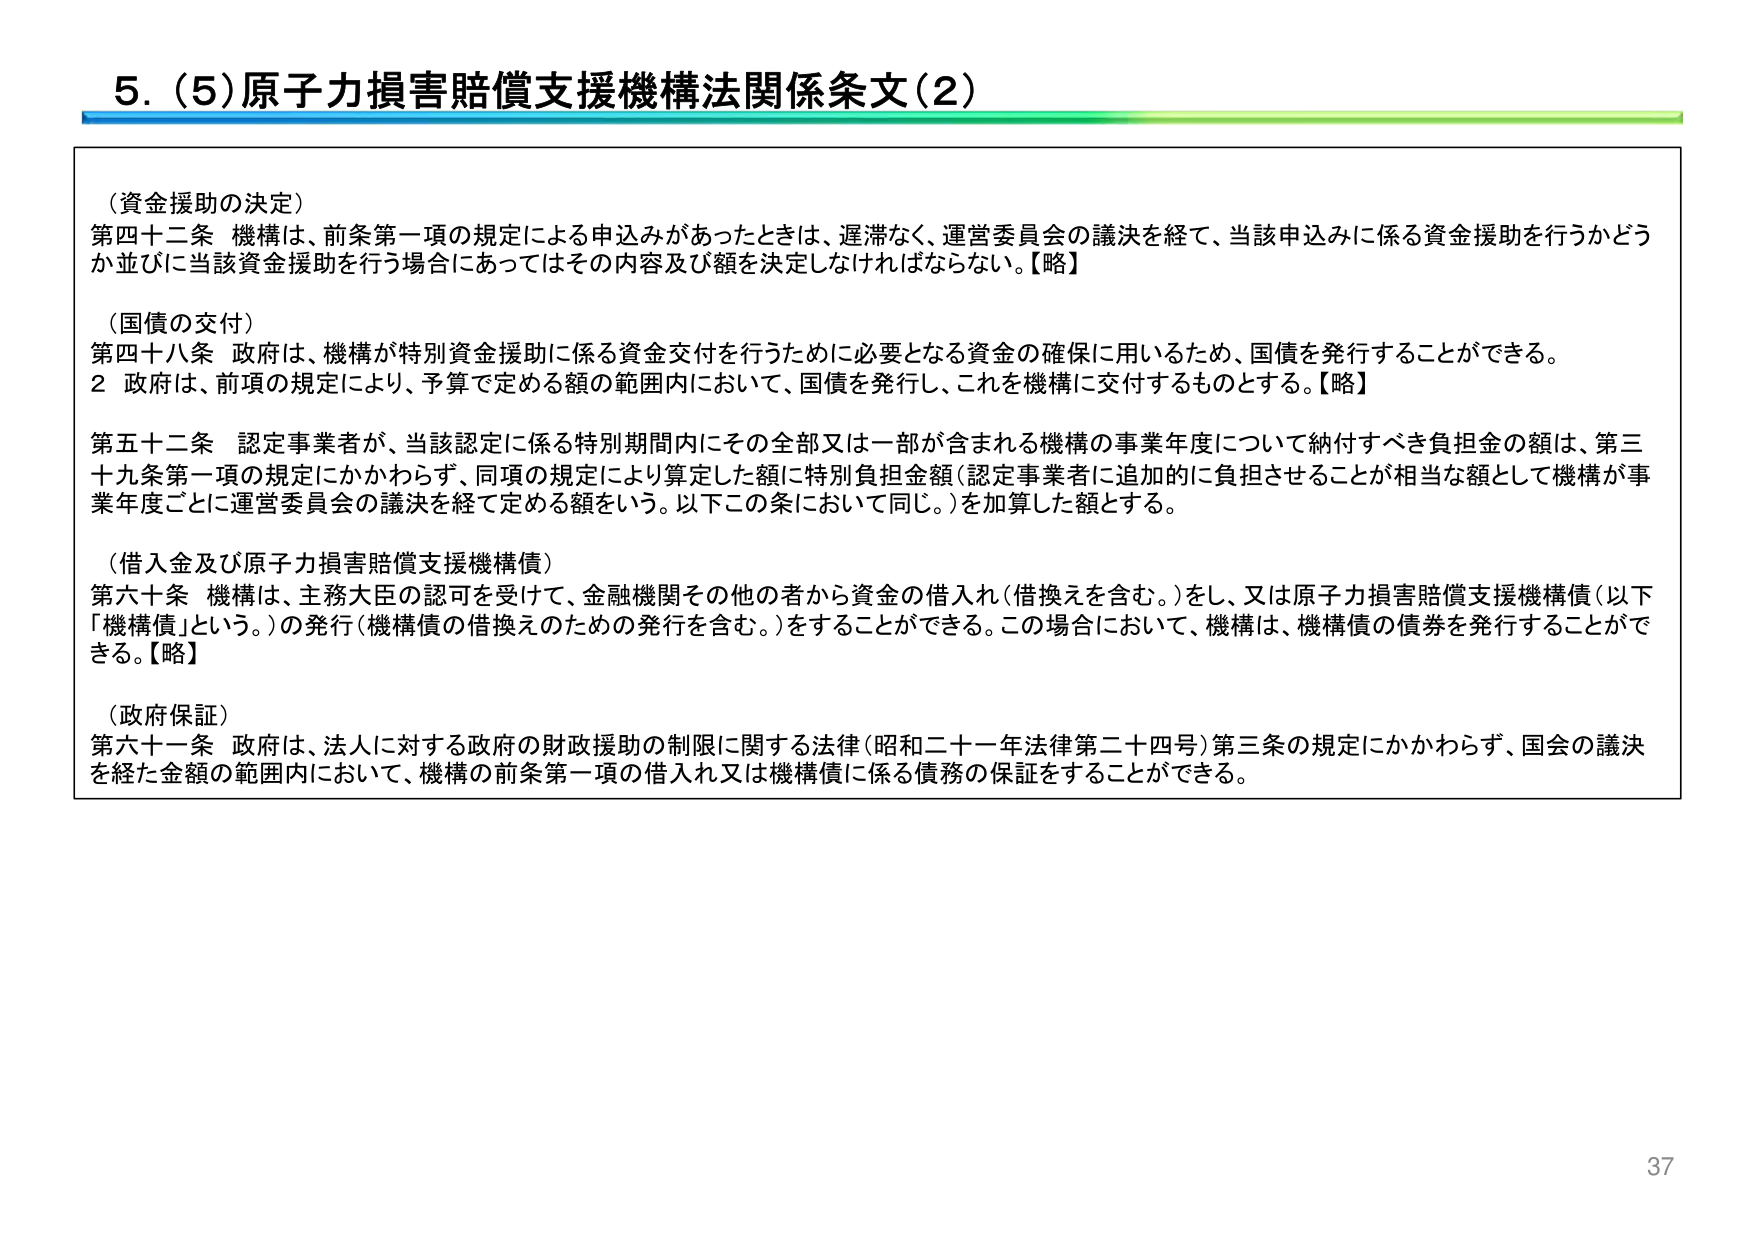
5. (5) 原子力損害賠償支援機構法関係条文(2)

（資金援助の決定）
第四十二条 機構は、前条第一項の規定による申込みがあったときは、遅滞なく、運営委員会の議決を経て、当該申込みに係る資金援助を行うかどうか並びに当該資金援助を行う場合にあってはその内容及び額を決定しなければならない。【略】

（国債の交付）
第四十八条 政府は、機構が特別資金援助に係る資金交付を行うために必要となる資金の確保に用いるため、国債を発行することができる。
2 政府は、前項の規定により、予算で定める額の範囲内において、国債を発行し、これを機構に交付するものとする。【略】

第五十二条 認定事業者が、当該認定に係る特別期間内にその全部又は一部が含まれる機構の事業年度について納付すべき負担金の額は、第三十九条第一項の規定にかかわらず、同項の規定により算定した額に特別負担金額（認定事業者に追加的に負担させることが相当な額として機構が事業年度ごとに運営委員会の議決を経て定める額をいう。以下この条において同じ。）を加算した額とする。

（借入金及び原子力損害賠償支援機構債）
第六十条 機構は、主務大臣の認可を受けて、金融機関その他の者から資金の借入れ（借換えを含む。）をし、又は原子力損害賠償支援機構債（以下「機構債」という。）の発行（機構債の借換えのための発行を含む。）をすることができる。この場合において、機構は、機構債の債券を発行することができる。【略】

（政府保証）
第六十一条 政府は、法人に対する政府の財政援助の制限に関する法律（昭和二十一年法律第二十四号）第三条の規定にかかわらず、国会の議決を経た金額の範囲内において、機構の前条第一項の借入れ又は機構債に係る債務の保証をすることができる。

37